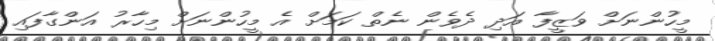
މީހުންނަށް ވަޒީފާ އަދި ދެވެން ނެތް ކަމަށް އެ މީހުންނަށް މިހާރު އަންގާފައި